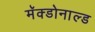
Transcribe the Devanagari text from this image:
मॅक्डोनाल्ड